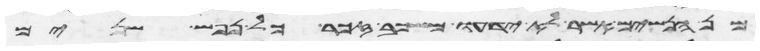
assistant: מן הנשים אשר לא ידעו משכב זכר כל נפש שנים